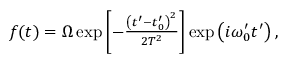
\begin{array} { r } { f ( t ) = \Omega \exp \left[ - \frac { \left( t ^ { \prime } - t _ { 0 } ^ { \prime } \right) ^ { 2 } } { 2 T ^ { 2 } } \right] \exp \left( i \omega _ { 0 } ^ { \prime } t ^ { \prime } \right) , } \end{array}